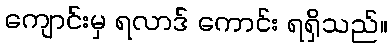
ကျောင်းမှ ရလာဒ် ကောင်း ရရှိသည်။